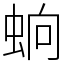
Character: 䖮